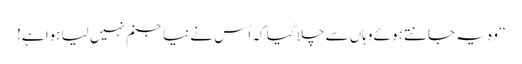
‘‘ وہ یہ جانتے ہوئے وہاں سے چلا گیا کہ اُس نے نیا جنم نہیں لیا ہوا ہے!